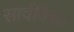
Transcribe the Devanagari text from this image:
सार्वविधा